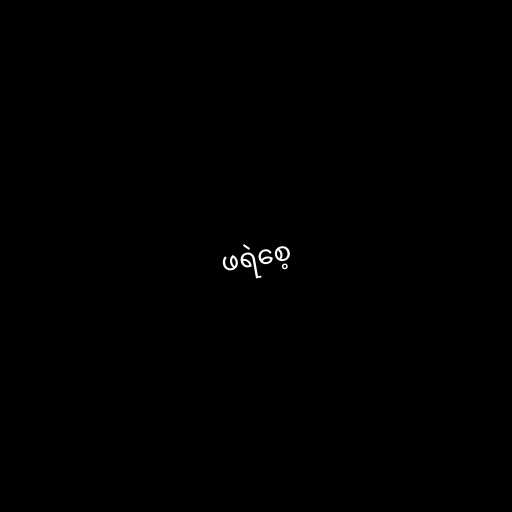
ဖရဲစေ့